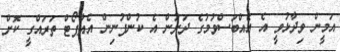
އަމީން ވިދާޅުވީ އެ އެއްބަސްވުމުގެ ދަށުން އެ ކުންފުނިން އެއާޕޯޓް ތަރައްގީ ކޮށް